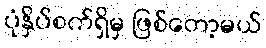
ပုံနှိပ်စက်ရှိမှ ဖြစ်တော့မယ်